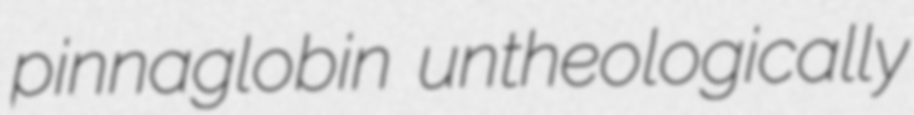
pinnaglobin untheologically